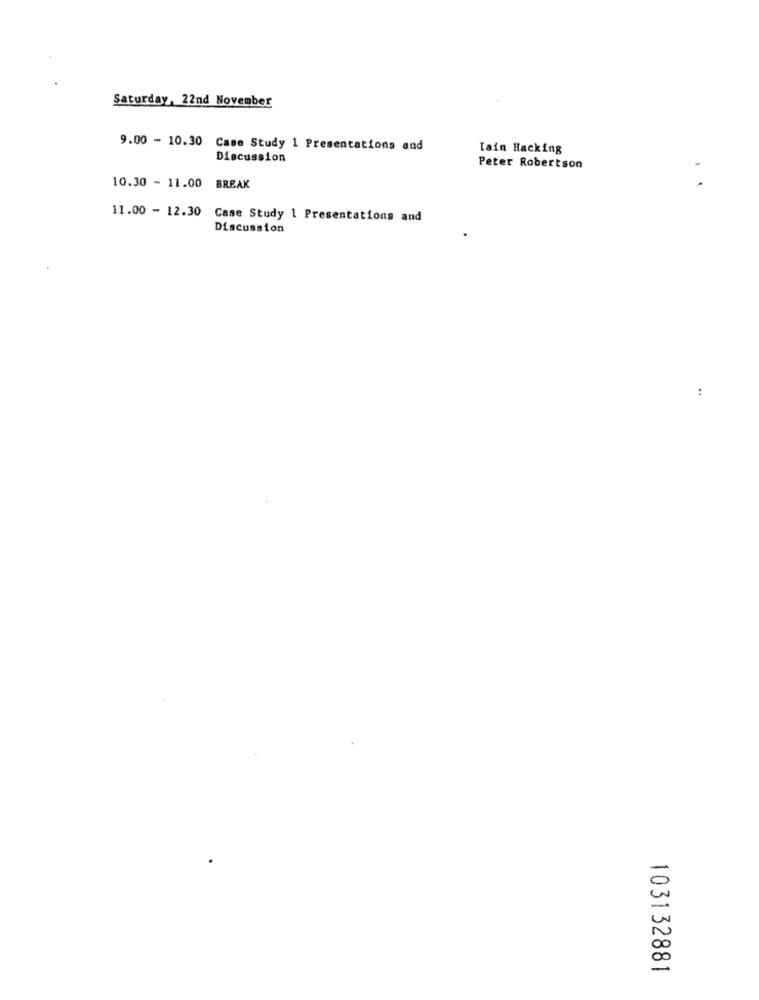
Saturday, 22nd November
9.00 - 10.30 Case Study 1 Presentations and
Iain Hacking
Discussion
Peter Robertson
10.30 - 11.00 BREAK
11.00 - 12.30 Case Study 1 Presentations and
Discussion
..
0
-
103132881